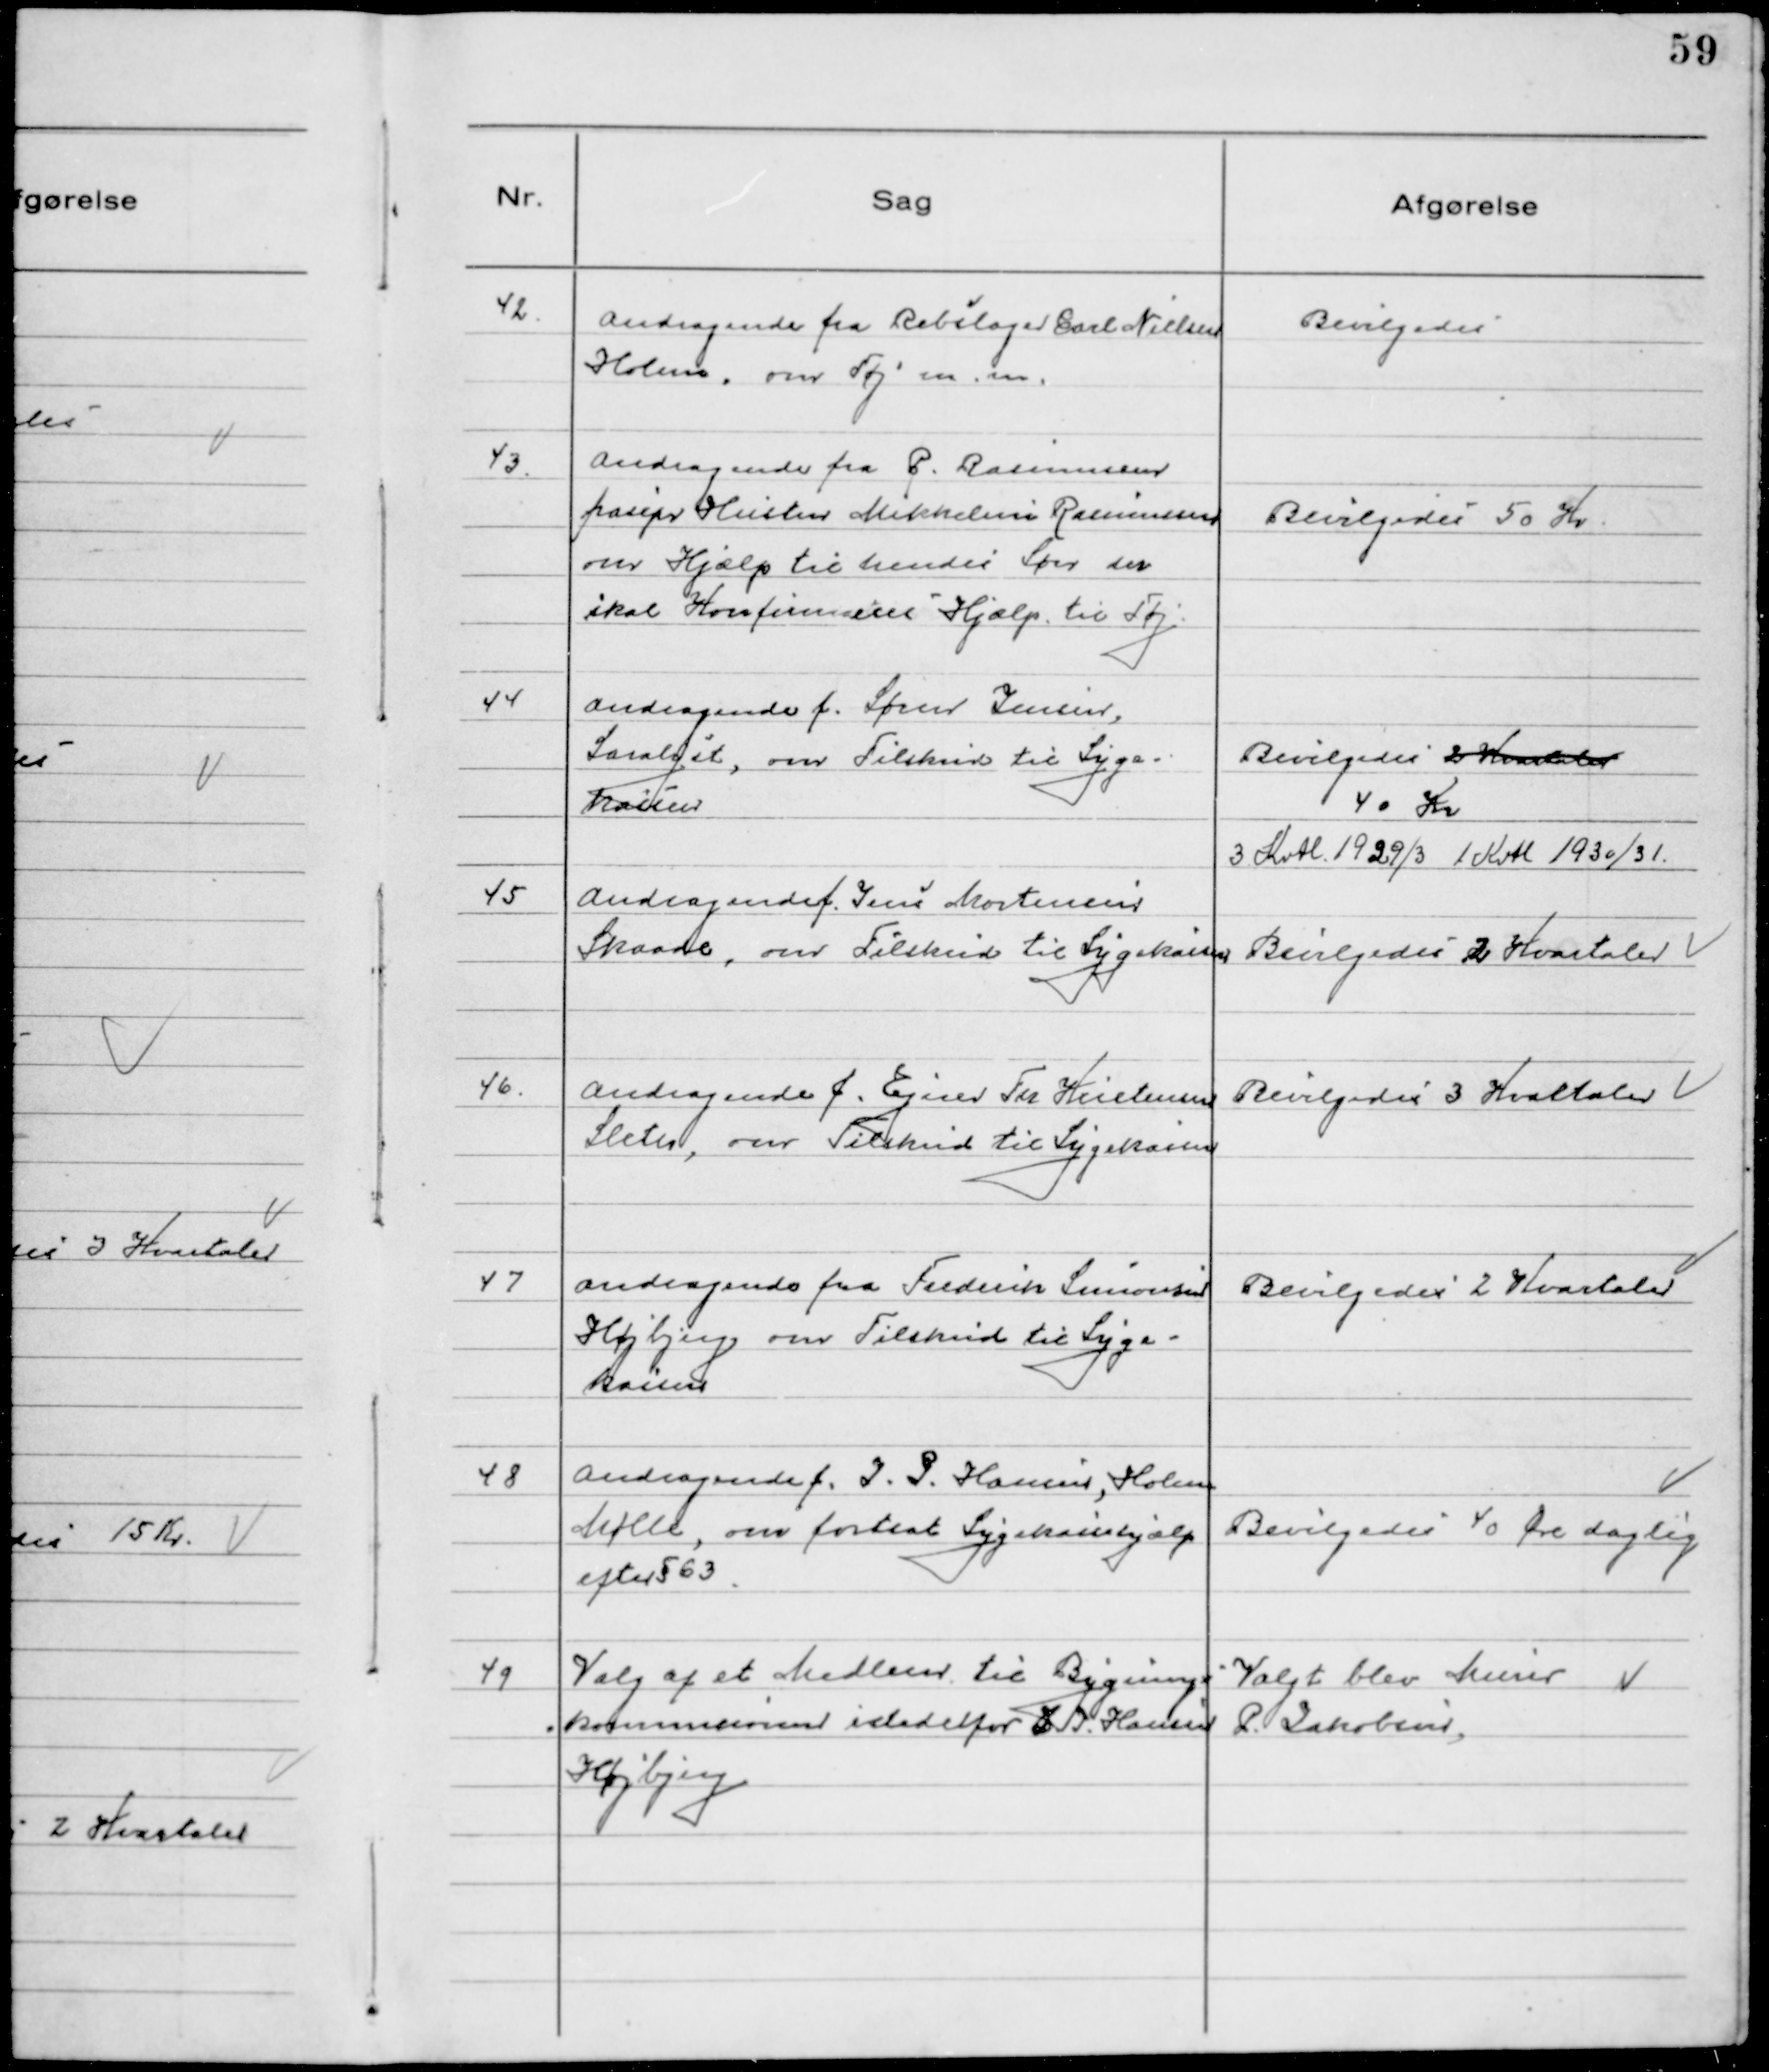
Transskription:
42. Andragende fra Rebslager Carl Nielsen
Holme, om Tøj m.m.

Bevilgedes

43. Andragende fra P. Rasmussen
frasepr Hustru Mikkeline Rasmussen
om Hjælp til hendes Søn der
skal Konfirmeres Hjælp til Tøj

Bevilgedes 50 Kr

44 Andragende f. Søren Jensen,
Saralyst, om Tilskud til Syge-
kassen

Bevilgedes 2 Kvartaler
40 Kr
3 Kvtl 1929/3 1 Kvtl 1930/31.

45 Andragende f. Jens Mortensen
Skaade, om Tilskud til Sygekassen

Bevilgedes 2 Kvartaler

46. Andragende f. Ejner Fr Kristensen
Sleth, om Tilskud til Sygekassen

Bevilgedes 3 Kvartaler

47 Andragende fra Frederik Simonsen
Højbjerg om Tilskud til Syge-
kassen

Bevilgedes 2 Kvartaler

48 Andragende f. J. P. Hansen, Holme
Mølle, om fortsat Sygekassehjælp
efter § 63

Bevilgedes 40 Øre daglig

49 Valg af et Medlem til Bygnings
kommisionen istedetfor J. Hansen
Højbjerg

Valgt blev Murer
P. Jakobsen.